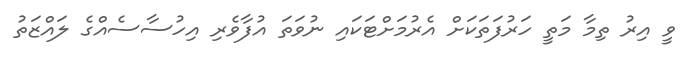
ވީ އިރު ތިމާ މަތީ ހަރުފަތަކަށް އެރުމަށްޓަކައި ނުވަތަ އުފާވެރި އިހުސާސެއްގެ ލައްޒަތު